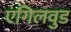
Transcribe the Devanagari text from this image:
एंगिलवुड